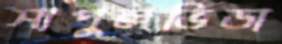
সাপুলভিডা